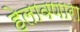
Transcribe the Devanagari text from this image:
हेलावणारा